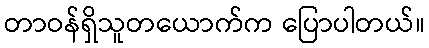
တာဝန်ရှိသူတယောက်က ပြောပါတယ်။